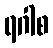
ရဂါစ